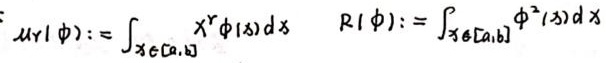
\[ \mu(r,\phi):=\int_{x\in[a,b]} x^{r}\phi(x)dx \quad R(\phi):=\int_{x\in[a,b]}\phi^{2}(x)dx \]